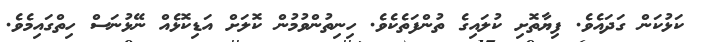
ކަޅުކަން ގަދައެވެ. ފިޔާތޮށި ކުލައިގެ ތުންފަތެކެވެ. ހިނިތުންވުމުން ކޮލަށް އަޑިކޮޅެއް ނޭޅުނަސް ހިތްގައިމެވެ.